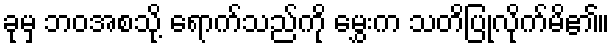
ခုမှ ဘဝအစသို့ ရောက်သည်ကို မွှေးက သတိပြုလိုက်မိ၏။